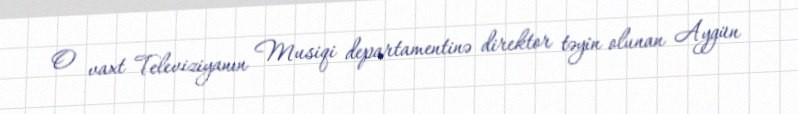
O vaxt Televiziyanın Musiqi departamentinə direktor təyin olunan Aygün